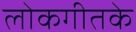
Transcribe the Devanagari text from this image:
लोकगीतके